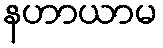
နဟာယာမ